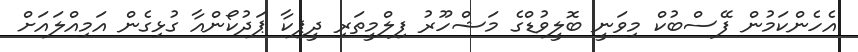
އެހެންކަމުން ފޭސްބުކް މިވަނީ ބޮލީވުޑްގެ މަޝްހޫރު ފިލްމީތަރި ދީޕިކާ ޕަދުކޯންއާ ގުޅިގެން އަމިއްލައަށް